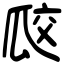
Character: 㼎